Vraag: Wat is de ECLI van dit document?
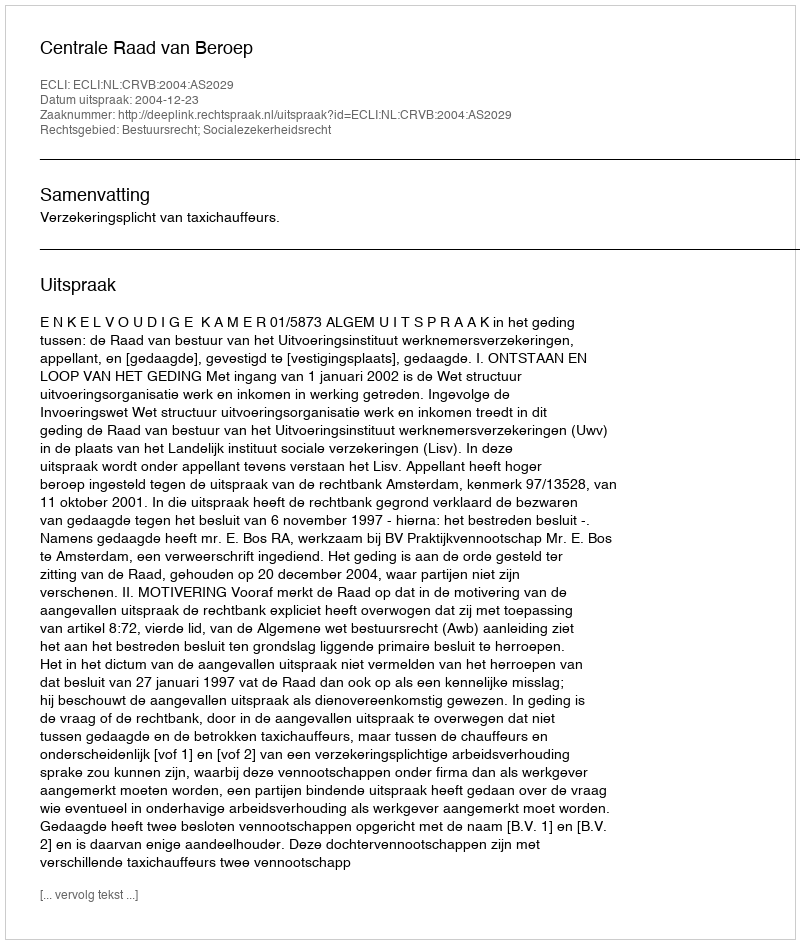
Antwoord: ECLI:NL:CRVB:2004:AS2029